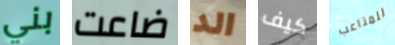
بني ضاعت الد كيف للمتاعب